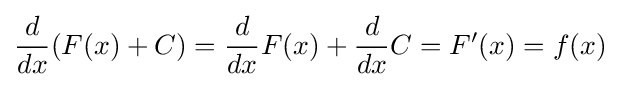
{\frac {d}{dx}}(F(x)+C)={\frac {d}{dx}}F(x)+{\frac {d}{dx}}C=F'(x)=f(x)